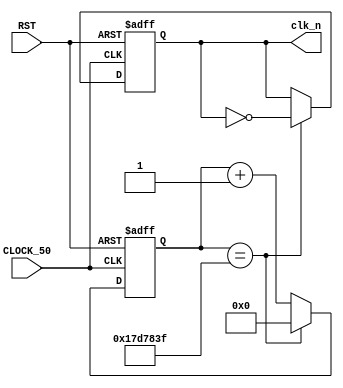
module time_1(
input 				   CLOCK_50,
input				      RST,
output		reg		clk_n
);
reg                [24:0] cnt;
parameter          N=25000000;
always@(posedge CLOCK_50 or negedge RST) begin
			if(!RST) begin
					cnt<=0;clk_n<=0;
			end else if(cnt==N-1) begin
					cnt<=0;clk_n=~clk_n;
			end else 
					cnt<=cnt+25'b1;
end
endmodule